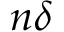
n \delta